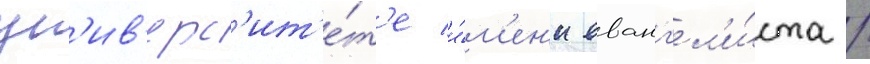
ун'ив'ерс'ит'е́т'е и́м'ен'и еванг'ел'и́ста /